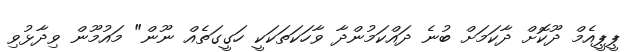
ޕީޕީއެމް ދޫކޮށް ދާކަމަށް ބުނެ ދައްކަމުންދާ ވާހަކަތަކަކީ ހަގީގަތެއް ނޫން" މައުމޫން ވިދާޅުވި